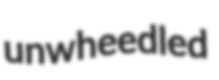
unwheedled